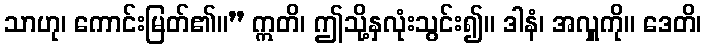
သာဟု၊ ကောင်းမြတ်၏။” ဣတိ၊ ဤသို့နှလုံးသွင်း၍။ ဒါနံ၊ အလှူကို။ ဒေတိ၊